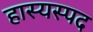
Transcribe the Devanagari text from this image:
हास्यस्पद